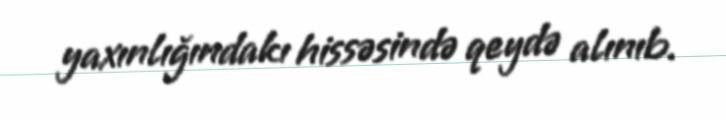
yaxınlığındakı hissəsində qeydə alınıb.